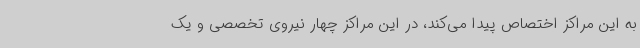
به این مراکز اختصاص پیدا می‌کند، در این مراکز چهار نیروی تخصصی و یک